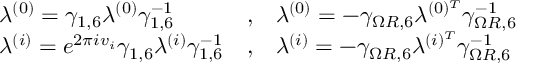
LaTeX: \begin{array} { l c l } { { \lambda ^ { ( 0 ) } = \gamma _ { 1 , 6 } \lambda ^ { ( 0 ) } \gamma _ { 1 , 6 } ^ { - 1 } } } & { { , } } & { { \lambda ^ { ( 0 ) } = - \gamma _ { \Omega R , 6 } \lambda ^ { ( 0 ) ^ { T } } \gamma _ { \Omega R , 6 } ^ { - 1 } } } \\ { { \lambda ^ { ( i ) } = e ^ { 2 \pi i v _ { i } } \gamma _ { 1 , 6 } \lambda ^ { ( i ) } \gamma _ { 1 , 6 } ^ { - 1 } } } & { { , } } & { { \lambda ^ { ( i ) } = - \gamma _ { \Omega R , 6 } \lambda ^ { ( i ) ^ { T } } \gamma _ { \Omega R , 6 } ^ { - 1 } } } \end{array}